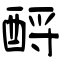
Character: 酹